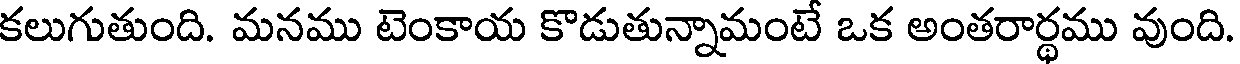
కలుగుతుంది. మనము టెంకాయ కొడుతున్నామంటే ఒక అంతరార్థము వుంది